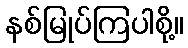
နစ်မြုပ်ကြပါစို့။